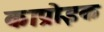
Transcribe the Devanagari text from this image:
काप्रोइक